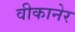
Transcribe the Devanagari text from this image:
वीकानेर